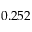
0 . 2 5 2